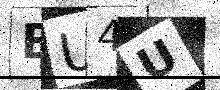
Text: BU4U